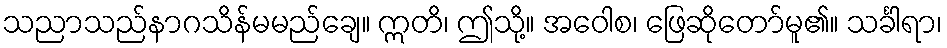
သညာသည်နာဂသိန်မမည်ချေ။ ဣတိ၊ ဤသို့။ အဝေါစ၊ ဖြေဆိုတော်မူ၏။ သင်္ခါရာ၊